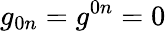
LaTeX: g_{0n}=g^{0n}=0